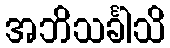
အဘိသင်္ခါသိ